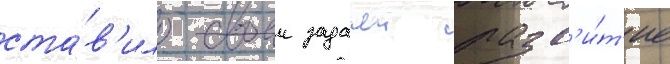
ста́в'ило своеи задачеи разв'и́т'ие